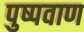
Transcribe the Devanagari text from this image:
पुष्पवाण